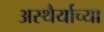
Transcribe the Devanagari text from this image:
अस्थैर्याच्या